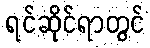
ရင်ဆိုင်ရာတွင်